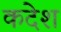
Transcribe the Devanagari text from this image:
कदेश